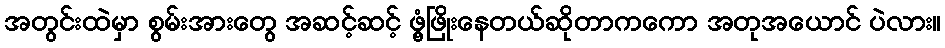
အတွင်းထဲမှာ စွမ်းအားတွေ အဆင့်ဆင့် ဖွံ့ဖြိုးနေတယ်ဆိုတာကကော အတုအယောင် ပဲလား။